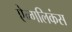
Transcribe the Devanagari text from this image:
ऐन्गलिकंस